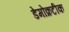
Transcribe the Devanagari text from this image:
डेमोक्रटीक